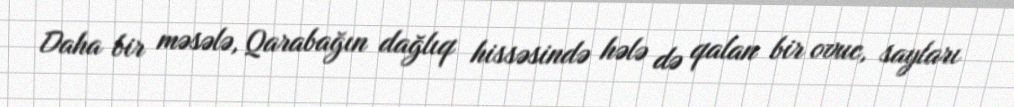
Daha bir məsələ, Qarabağın dağlıq hissəsində hələ də qalan bir ovuc, sayları